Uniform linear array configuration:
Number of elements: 24
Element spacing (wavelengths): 0.25
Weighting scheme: hamming
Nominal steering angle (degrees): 15
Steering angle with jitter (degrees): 14.674
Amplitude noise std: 0.05
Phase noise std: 0.05

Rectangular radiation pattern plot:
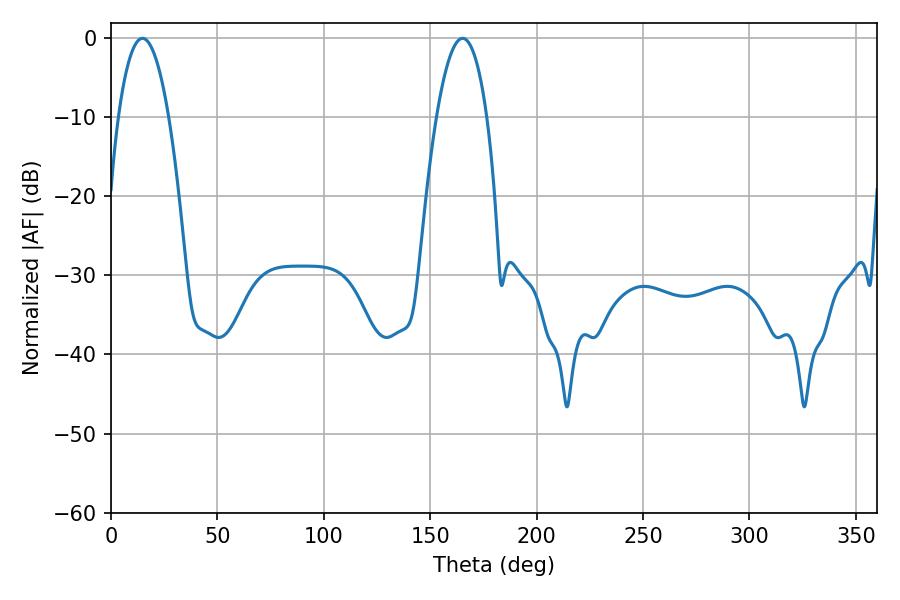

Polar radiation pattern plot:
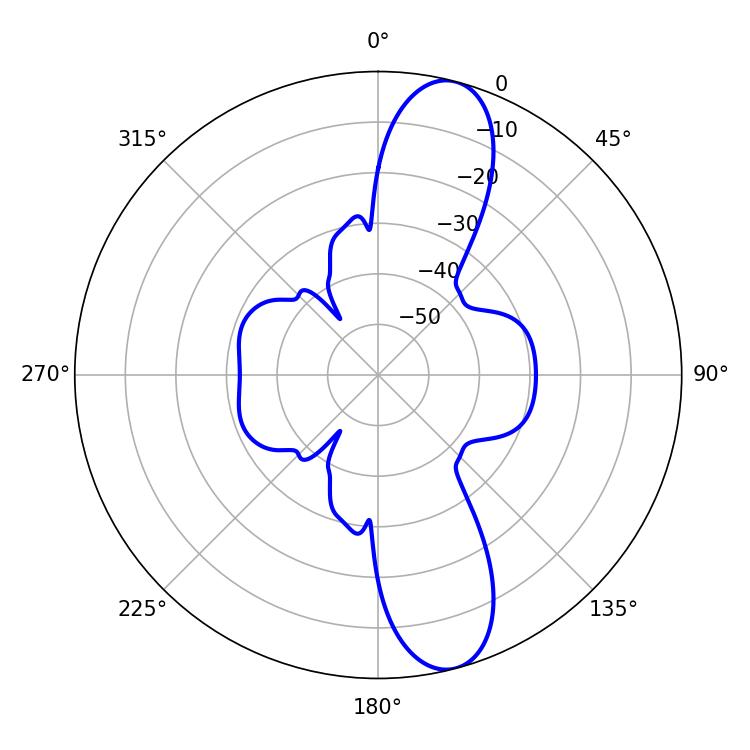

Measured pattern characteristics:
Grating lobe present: FALSE
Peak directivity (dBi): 11.976
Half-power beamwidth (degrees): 13.14
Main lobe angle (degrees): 14.76